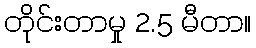
တိုင်းတာမှု 2.5 မီတာ။